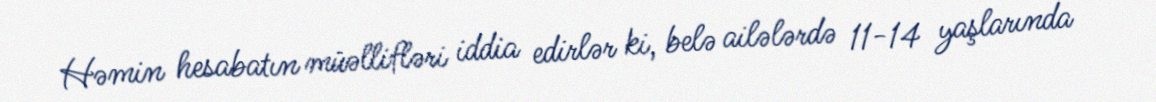
Həmin hesabatın müəllifləri iddia edirlər ki, belə ailələrdə 11-14 yaşlarında